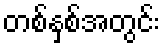
တစ်နှစ်အတွင်း